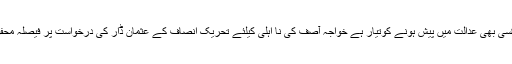
یو اے ای کمپنی کا نمائندہ خواجہ آصف کی نوکری اور شرائط کے حوالے سے بیان کے لئے پاکستان کی کسی بھی عدالت میں پیش ہونے کوتیار ہے خواجہ آصف کی نا اہلی کیلئے تحریک انصاف کے عثمان ڈار کی درخواست پر فیصلہ محفوظ کیا جا چکاہے جبکہ عدالت نے فریقین کو اضافی دستاویزات جمع کرانے کیلئے پیر تک کا وقت دیا تھا۔